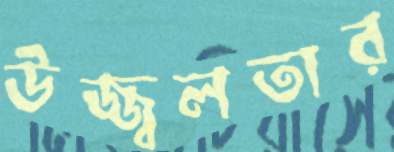
উজ্জ্বলতার